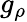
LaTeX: g_{\rho}